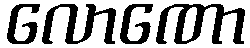
လောဏော